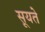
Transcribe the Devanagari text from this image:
सूयते